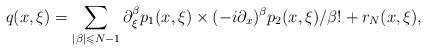
LaTeX: \begin{align*}q(x,\xi)=\sum_{|\beta|\leqslant N-1}\partial_\xi^\beta p_1(x,\xi)\times(-i\partial_x)^\beta p_2(x,\xi)/\beta!+r_N(x,\xi),\end{align*}